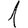
Digit: 1